Tartu_pedagoogiumi_aruanded, lk 33
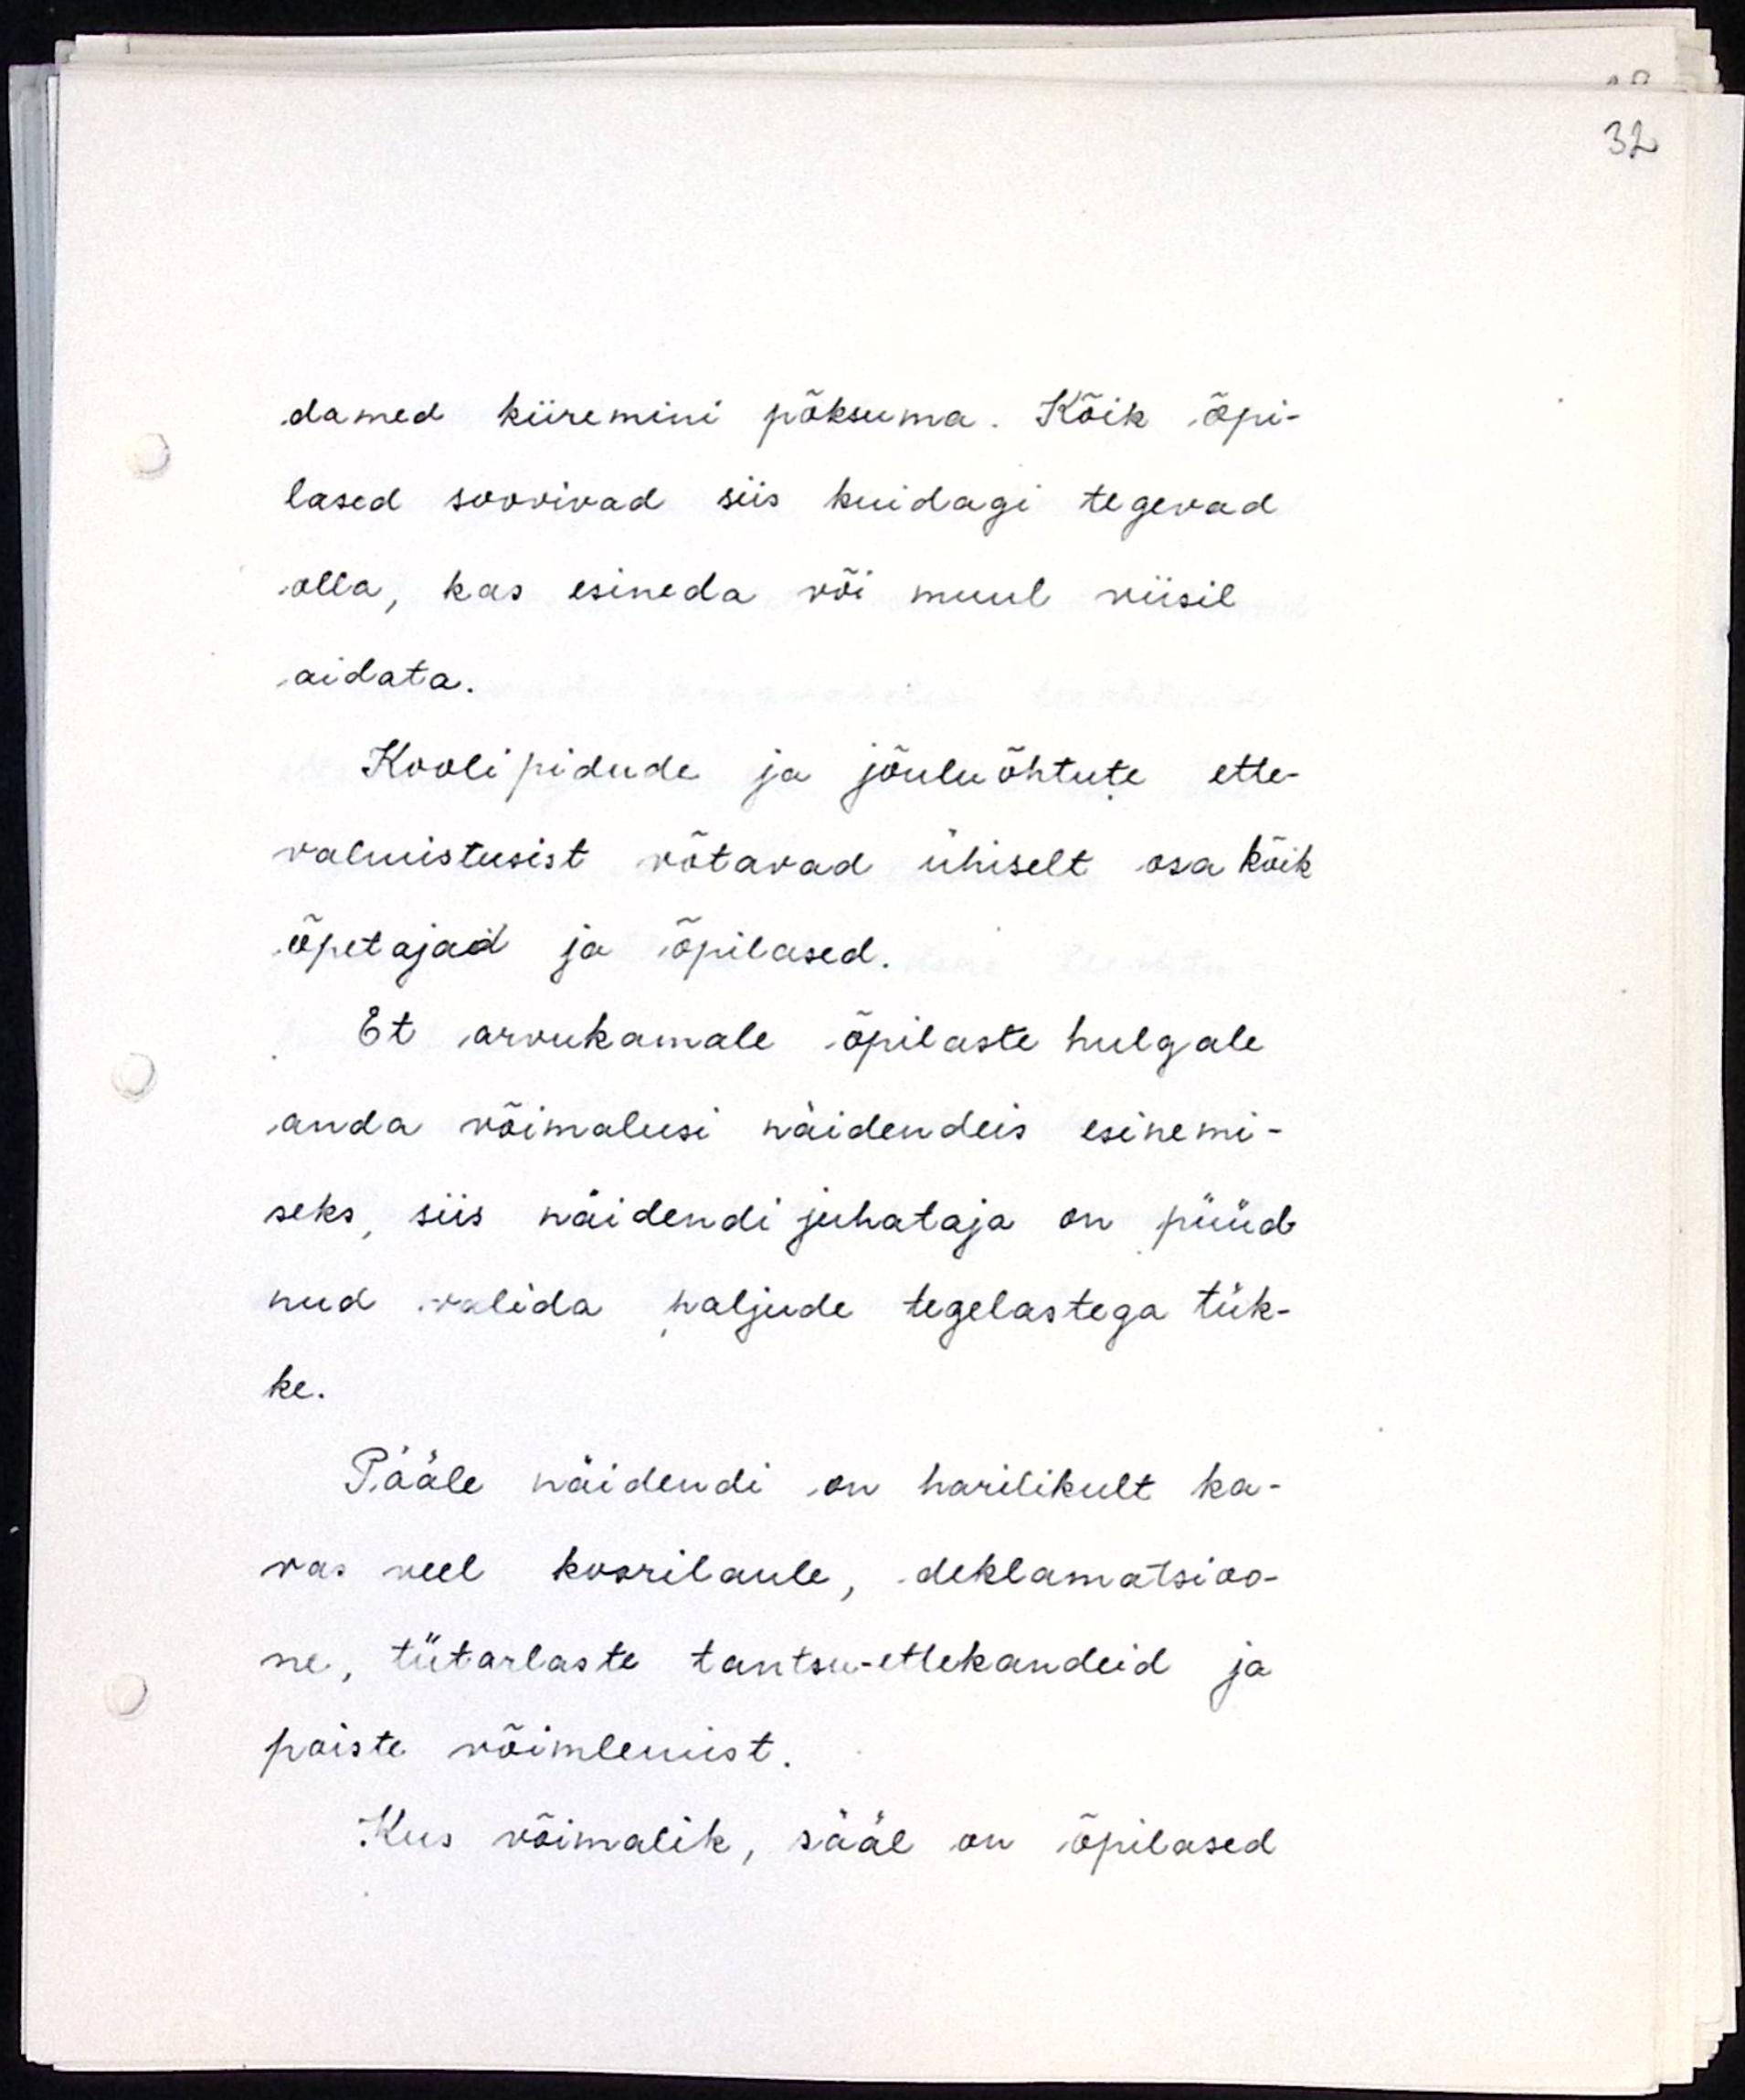
damed kiiremini põksuma. Kõik õpi-
lased soovivad siis kuidagi tegevad
olla, kas esineda või muul viisil
aidata.
Koolipidude ja jõuluõhtute ette-
valmistusist võtavad ühiselt osa kõik
õpetajad ja õpilased.
Et arvukamale õpilaste hulgale
anda võimalusi näidendeis esinemi-
seks, siis näidendi juhataja on püüd-
nud valida paljude tegelastega tük-
ke.
Pääle näidendi on harilikult ka-
vas veel koorilaule, deklamatsioo-
ne, tütarlaste tantsu-ettekandeid ja
poiste võimlemist.
Kus võimalik, sääl on õpilased